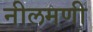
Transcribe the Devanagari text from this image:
नीलमणी